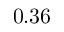
0 . 3 6